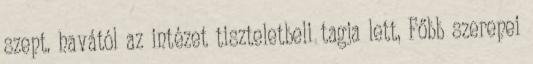
szept. havától az intézet tiszteletbeli tagja lett, Főbb szerepei